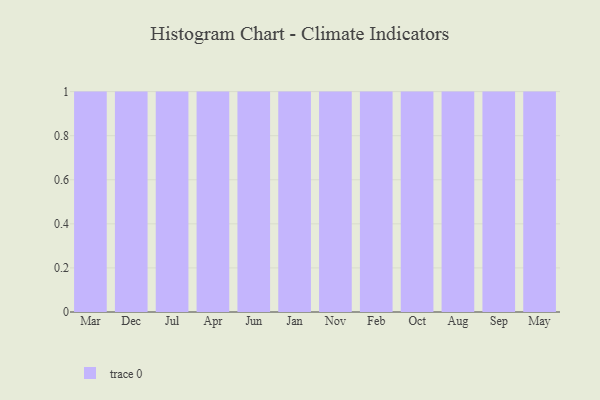
{"axis": {"x": "Month", "y": "Energy Usage (MWh)"}, "legend": [""], "data": [{"x": "Mar", "y": 42, "type": ""}, {"x": "Dec", "y": 20, "type": ""}, {"x": "Jul", "y": 74, "type": ""}, {"x": "Apr", "y": 35, "type": ""}, {"x": "Jun", "y": 79, "type": ""}, {"x": "Jan", "y": 19, "type": ""}, {"x": "Nov", "y": 22, "type": ""}, {"x": "Feb", "y": 13, "type": ""}, {"x": "Oct", "y": 88, "type": ""}, {"x": "Aug", "y": 33, "type": ""}, {"x": "Sep", "y": 57, "type": ""}, {"x": "May", "y": 16, "type": ""}]}